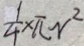
\frac { 1 } { 4 } \times \pi r ^ { 2 }